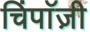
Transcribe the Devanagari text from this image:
चिंपाॅज़ी